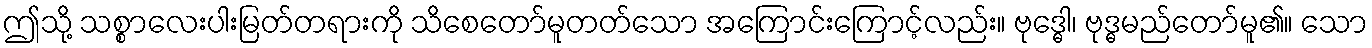
ဤသို့ သစ္စာလေးပါးမြတ်တရားကို သိစေတော်မူတတ်သော အကြောင်းကြောင့်လည်း။ ဗုဒ္ဓေါ၊ ဗုဒ္ဓမည်တော်မူ၏။ သော